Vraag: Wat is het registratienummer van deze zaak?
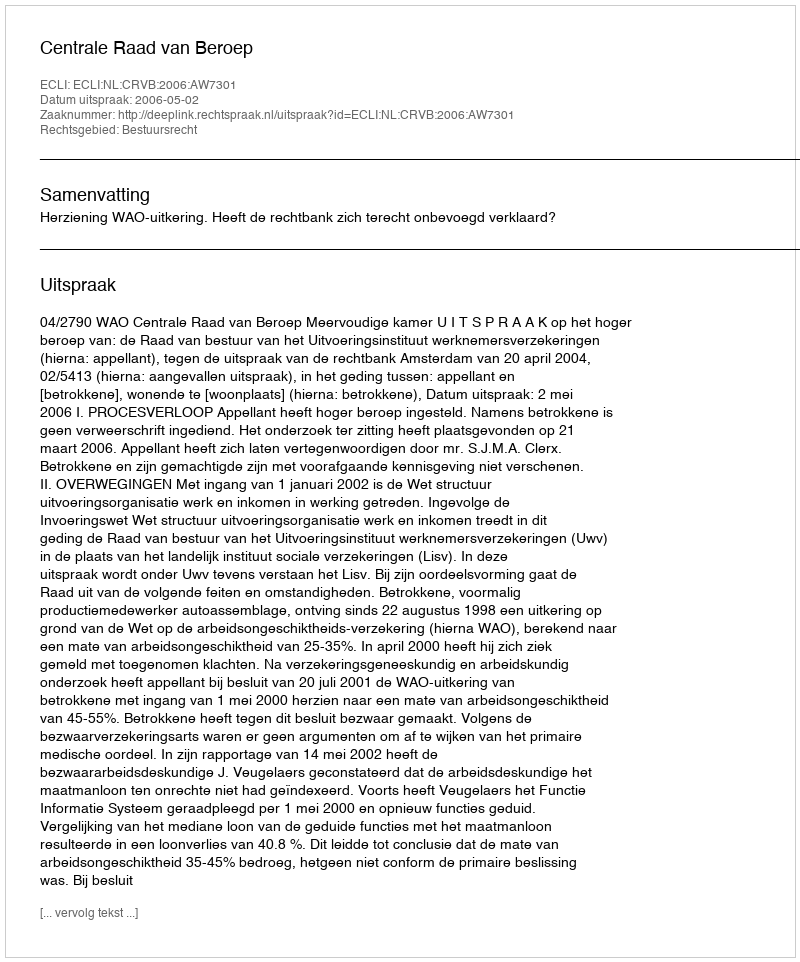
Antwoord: http://deeplink.rechtspraak.nl/uitspraak?id=ECLI:NL:CRVB:2006:AW7301